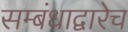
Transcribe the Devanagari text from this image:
सम्बंधाद्वारेच